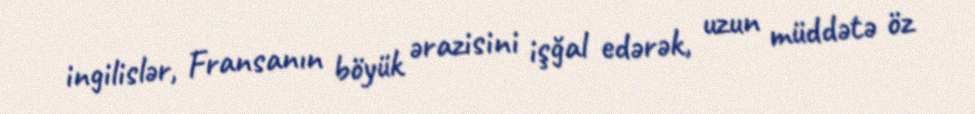
ingilislər, Fransanın böyük ərazisini işğal edərək, uzun müddətə öz